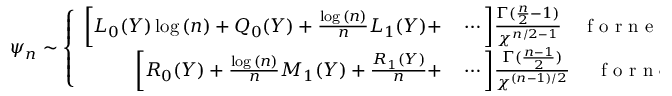
\psi _ { n } \sim \left\{ \begin{array} { r l } { \bigg [ L _ { 0 } ( Y ) \log { ( n ) } + Q _ { 0 } ( Y ) + \frac { \log { ( n ) } } { n } L _ { 1 } ( Y ) + } & { { } \cdots \bigg ] \frac { \Gamma ( \frac { n } { 2 } - 1 ) } { \chi ^ { n / 2 - 1 } } \quad \mathrm { ~ f ~ o ~ r ~ n ~ e ~ v ~ e ~ n ~ } , } \\ { \bigg [ R _ { 0 } ( Y ) + \frac { \log { ( n ) } } { n } M _ { 1 } ( Y ) + \frac { R _ { 1 } ( Y ) } { n } + } & { { } \cdots \bigg ] \frac { \Gamma ( \frac { n - 1 } { 2 } ) } { \chi ^ { ( n - 1 ) / 2 } } \quad ~ \mathrm { ~ f ~ o ~ r ~ n ~ o ~ d ~ d ~ } , } \end{array} \right.